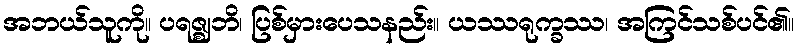
အဘယ်သူကို။ ပရဇ္ဈဘိ၊ ပြစ်မှားပေသနည်း။ ယဿရုက္ခဿ၊ အကြင်သစ်ပင်၏။